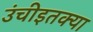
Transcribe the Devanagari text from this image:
उंचीइतक्या